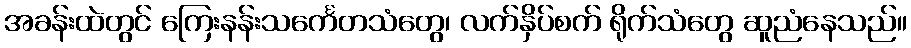
အခန်းထဲတွင် ကြေးနန်းသင်္ကေတသံတွေ၊ လက်နှိပ်စက် ရိုက်သံတွေ ဆူညံနေသည်။